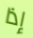
إذا